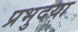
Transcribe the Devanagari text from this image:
प्रभुदया